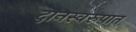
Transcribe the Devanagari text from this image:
दानस्वरुपात